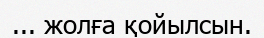
... жолға қойылсын.